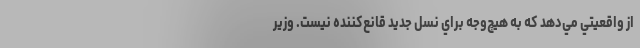
از واقعيتي مي‌دهد كه به هيچ‌وجه براي نسل جديد قانع‌كننده نيست. وزیر